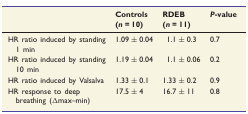
<table><thead><tr><td></td><td><b>Controls (<i>n = </i>10)</b></td><td><b>RDEB (<i>n = </i>11)</b></td><td><b><i>P</i>-value</b></td></tr></thead><tbody><tr><td>HR ratio induced by standing 1 min</td><td>1.09 ± 0.04</td><td>1.1 ± 0.3</td><td>0.7</td></tr><tr><td>HR ratio induced by standing 10 min</td><td>1.19 ± 0.04</td><td>1.1 ± 0.06</td><td>0.2</td></tr><tr><td>HR ratio induced by Valsalva</td><td>1.33 ± 0.1</td><td>1.33 ± 0.2</td><td>0.9</td></tr><tr><td>HR response to deep breathing (Δmax–min)</td><td>17.5 ± 4</td><td>16.7 ± 11</td><td>0.8</td></tr></tbody></table>